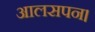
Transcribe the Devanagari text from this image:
आलसपन।